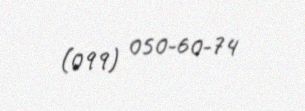
(099) 050-60-74